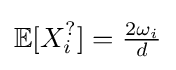
\mathbb {E} [X_{i}^{?}]={\tfrac {2\omega _{i}}{d}}